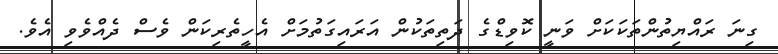
ގިނަ ރައްޔިތުންތަކަކަށް ވަނީ ކޮވިޑްގެ ދަތިތަކުން އަރައިގަތުމަށް އެހީތެރިކަން ވެސް ދެއްވެވި އެވެ.